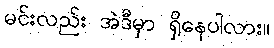
မင်းလည်း အဲဒီမှာ ရှိနေပါလား။